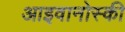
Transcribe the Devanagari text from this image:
आइवानोस्की